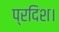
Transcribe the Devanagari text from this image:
प्रदिश।